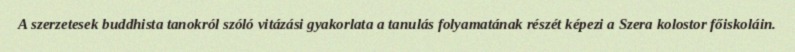
A szerzetesek buddhista tanokról szóló vitázási gyakorlata a tanulás folyamatának részét képezi a Szera kolostor főiskoláin.